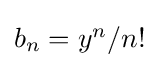
{\textstyle b_{n}=y^{n}/n!}